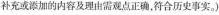
补充或添加的内容及理由需观点正确，符合历史事实。)